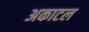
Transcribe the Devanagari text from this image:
अकाटल